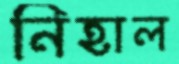
নিহাল